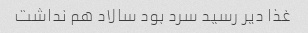
غذا دیر رسید سرد بود سالاد هم نداشت